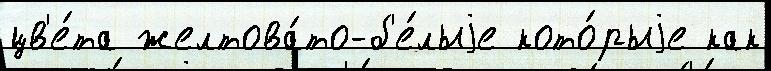
цв'е́та желтова́то-б'е́лыjе кото́рыjе как